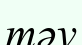
тәу